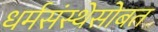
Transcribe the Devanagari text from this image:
धर्मसंस्थेसोबत